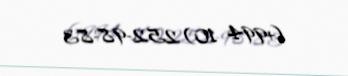
(+994 10) 252-98-83